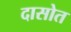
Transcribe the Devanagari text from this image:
दासोत